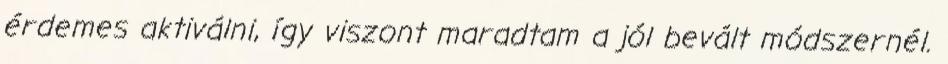
érdemes aktiválni, így viszont maradtam a jól bevált módszernél.